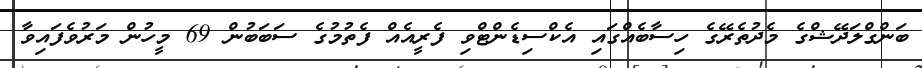
ބަންގްލަދޭޝްގެ މެދުތެރޭގެ ހިސާބެއްގައި އެކްސިޑެންޓްވި ފެރީއެއް ފެތުމުގެ ސަބަބުން 69 މީހުން މަރުވެފައިވާ